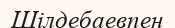
Шілдебаевпен